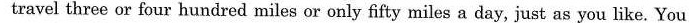
make your own timetable. You can travel three or four hundred miles or only fifty miles a day, just as you like. You